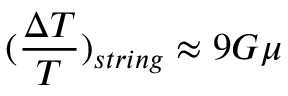
( \frac { \Delta T } { T } ) _ { s t r i n g } \approx 9 G \mu